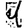
Digit: 9